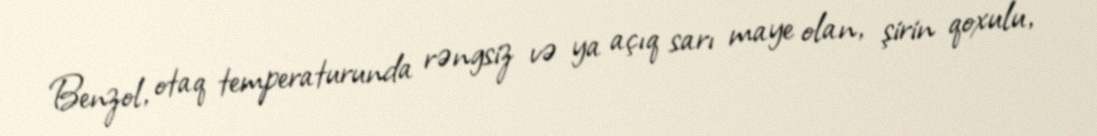
Benzol, otaq temperaturunda rəngsiz və ya açıq sarı maye olan, şirin qoxulu,